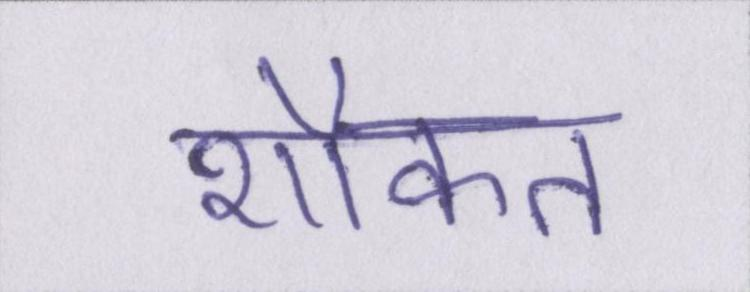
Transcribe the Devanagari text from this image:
शौकत